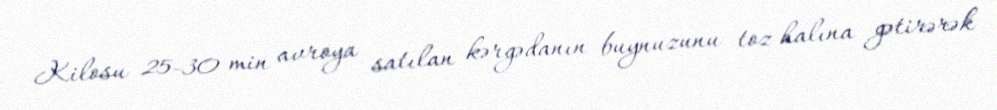
Kilosu 25-30 min avroya satılan kərgədanın buynuzunu toz halına gətirərək